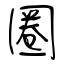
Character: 圈